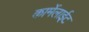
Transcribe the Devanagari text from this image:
कार्मेलाईट